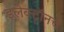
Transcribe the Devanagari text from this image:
इलेक्ट्रॉनचे